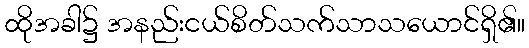
ထိုအခါ၌ အနည်းငယ်စိတ်သက်သာသယောင်ရှိ၏။